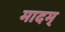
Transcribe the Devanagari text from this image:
मादम्